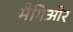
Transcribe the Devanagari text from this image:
मैगिओर